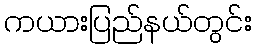
ကယားပြည်နယ်တွင်း